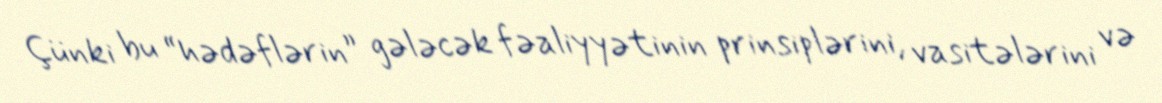
Çünki bu “hədəflərin” gələcək fəaliyyətinin prinsiplərini, vasitələrini və